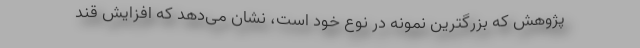
پژوهش که بزرگترین نمونه در نوع خود است، نشان می‌دهد که افزایش قند